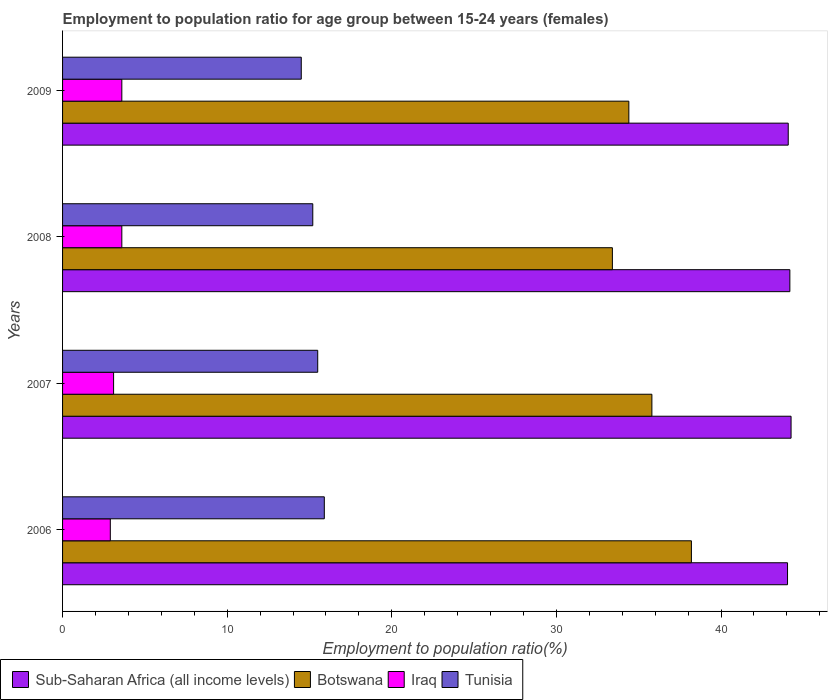
| Years | Sub-Saharan Africa (all income levels) | Botswana | Iraq | Tunisia |
 | --- | --- | --- | --- | --- |
 | 2006 | 44 | 38.2 | 2.9 | 15.9 |
 | 2007 | 44.3 | 35.8 | 3.1 | 15.5 |
 | 2008 | 44.2 | 33.4 | 3.6 | 15.2 |
 | 2009 | 44.1 | 34.4 | 3.6 | 14.5 |